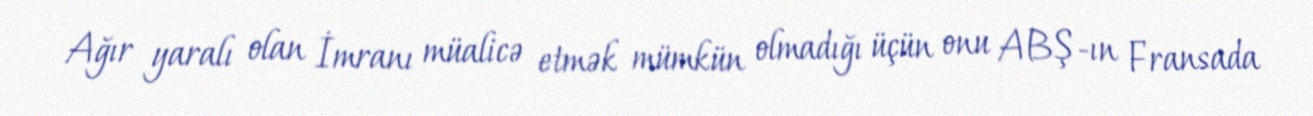
Ağır yaralı olan İmranı müalicə etmək mümkün olmadığı üçün onu ABŞ-ın Fransada